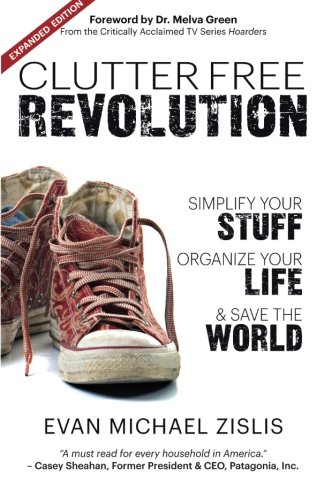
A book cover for ClutterFree Revolution: Simplify Your Stuff, Organize Your Life & Save the World; Evan Michael Zislis; Crafts, Hobbies & Home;